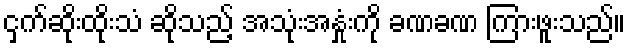
ငှက်ဆိုးထိုးသံ ဆိုသည့် အသုံးအနှုံးကို ခဏခဏ ကြားဖူးသည်။